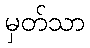
မှတ်သာ